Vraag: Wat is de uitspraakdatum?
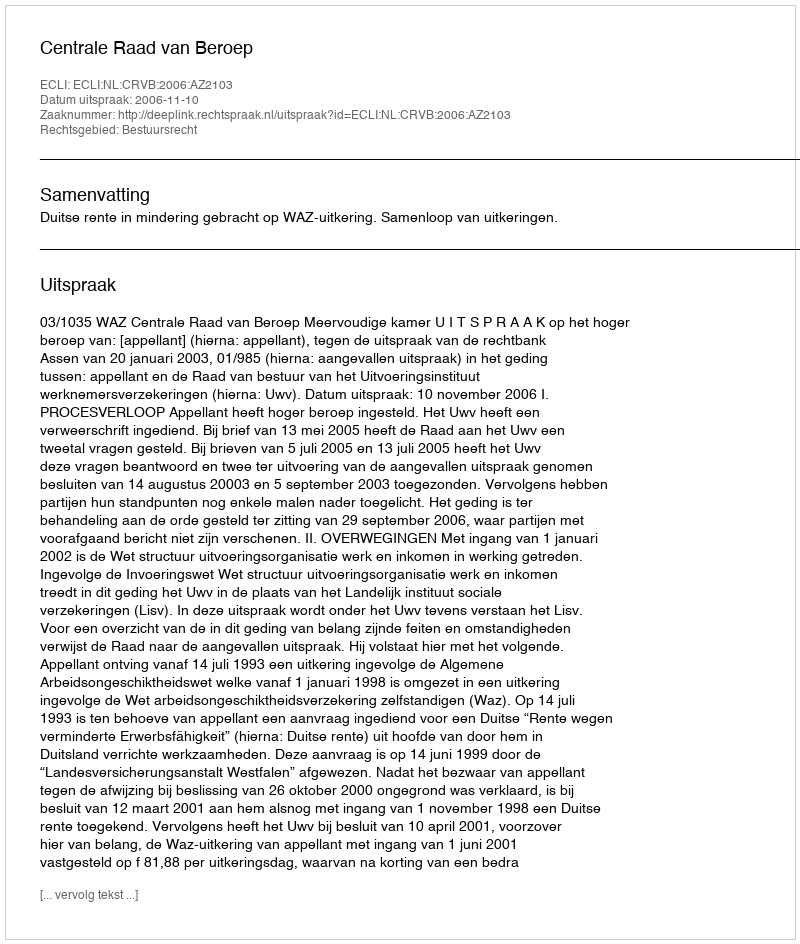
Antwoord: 2006-11-10